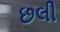
છલી